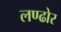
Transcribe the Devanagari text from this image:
लण्ढोर